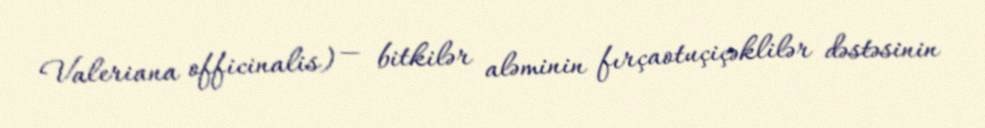
Valeriana officinalis) — bitkilər aləminin fırçaotuçiçəklilər dəstəsinin